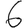
Digit: 6